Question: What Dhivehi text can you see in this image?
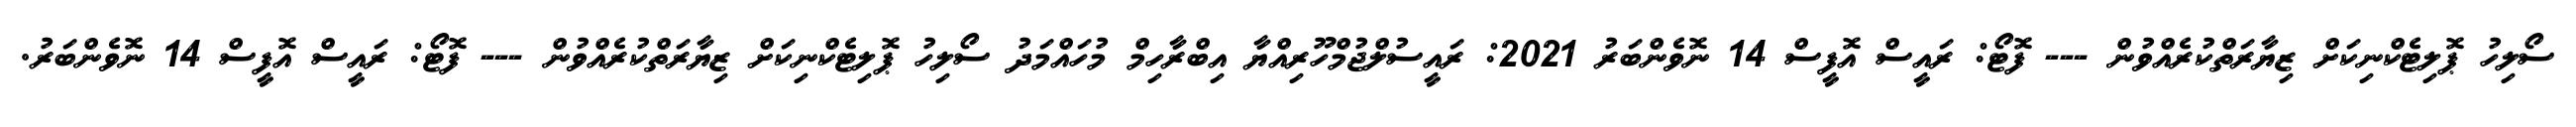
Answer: ސޯލިހު ޕޮލިޓެކްނިކަށް ޒިޔާރަތްކުރެއްވުން --- ފޮޓޯ: ރައީސް އޮފީސް 14 ނޮވެންބަރު 2021: ރައީސުލްޖުމްހޫރިއްޔާ އިބްރާހިމް މުހައްމަދު ސޯލިހު ޕޮލިޓެކްނިކަށް ޒިޔާރަތްކުރެއްވުން --- ފޮޓޯ: ރައީސް އޮފީސް 14 ނޮވެންބަރު.